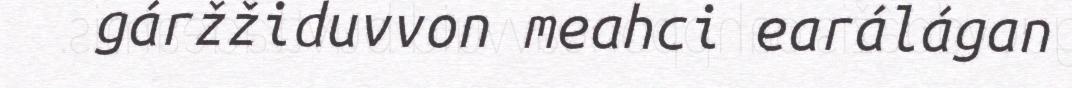
gáržžiduvvon meahci earálágan